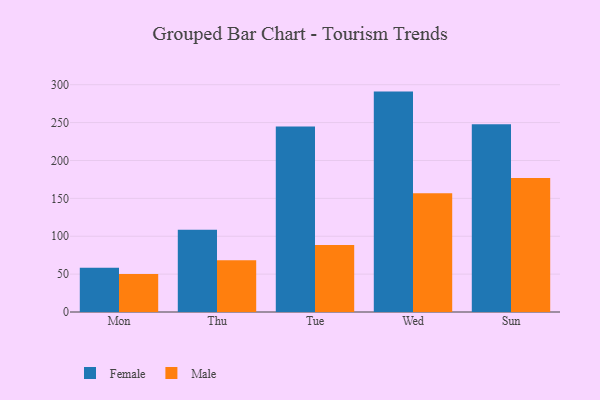
{"axis": {"x": "Day", "y": "Net Income (USD K)"}, "legend": ["Female", "Male"], "data": [{"x": "Mon", "y": 58.5, "type": "Female"}, {"x": "Mon", "y": 50.2, "type": "Male"}, {"x": "Thu", "y": 108.7, "type": "Female"}, {"x": "Thu", "y": 68.4, "type": "Male"}, {"x": "Tue", "y": 244.7, "type": "Female"}, {"x": "Tue", "y": 88.4, "type": "Male"}, {"x": "Wed", "y": 290.9, "type": "Female"}, {"x": "Wed", "y": 156.6, "type": "Male"}, {"x": "Sun", "y": 247.8, "type": "Female"}, {"x": "Sun", "y": 176.7, "type": "Male"}]}